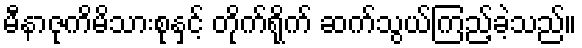
မီနာဇုကိမိသားစုနှင့် တိုက်ရိုက် ဆက်သွယ်ကြည့်ခဲ့သည်။